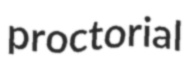
proctorial